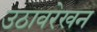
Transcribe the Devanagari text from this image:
उठावरेखन